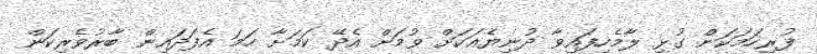
ފުރިހަމަކަން ގުޅި ލާމެހިފައިވާ ދުނިޔެއަކަށް ވުމަށް އެދޭ ކަމަށާ ހަމަ އެފަދައިން ބާރުވެރިކަން